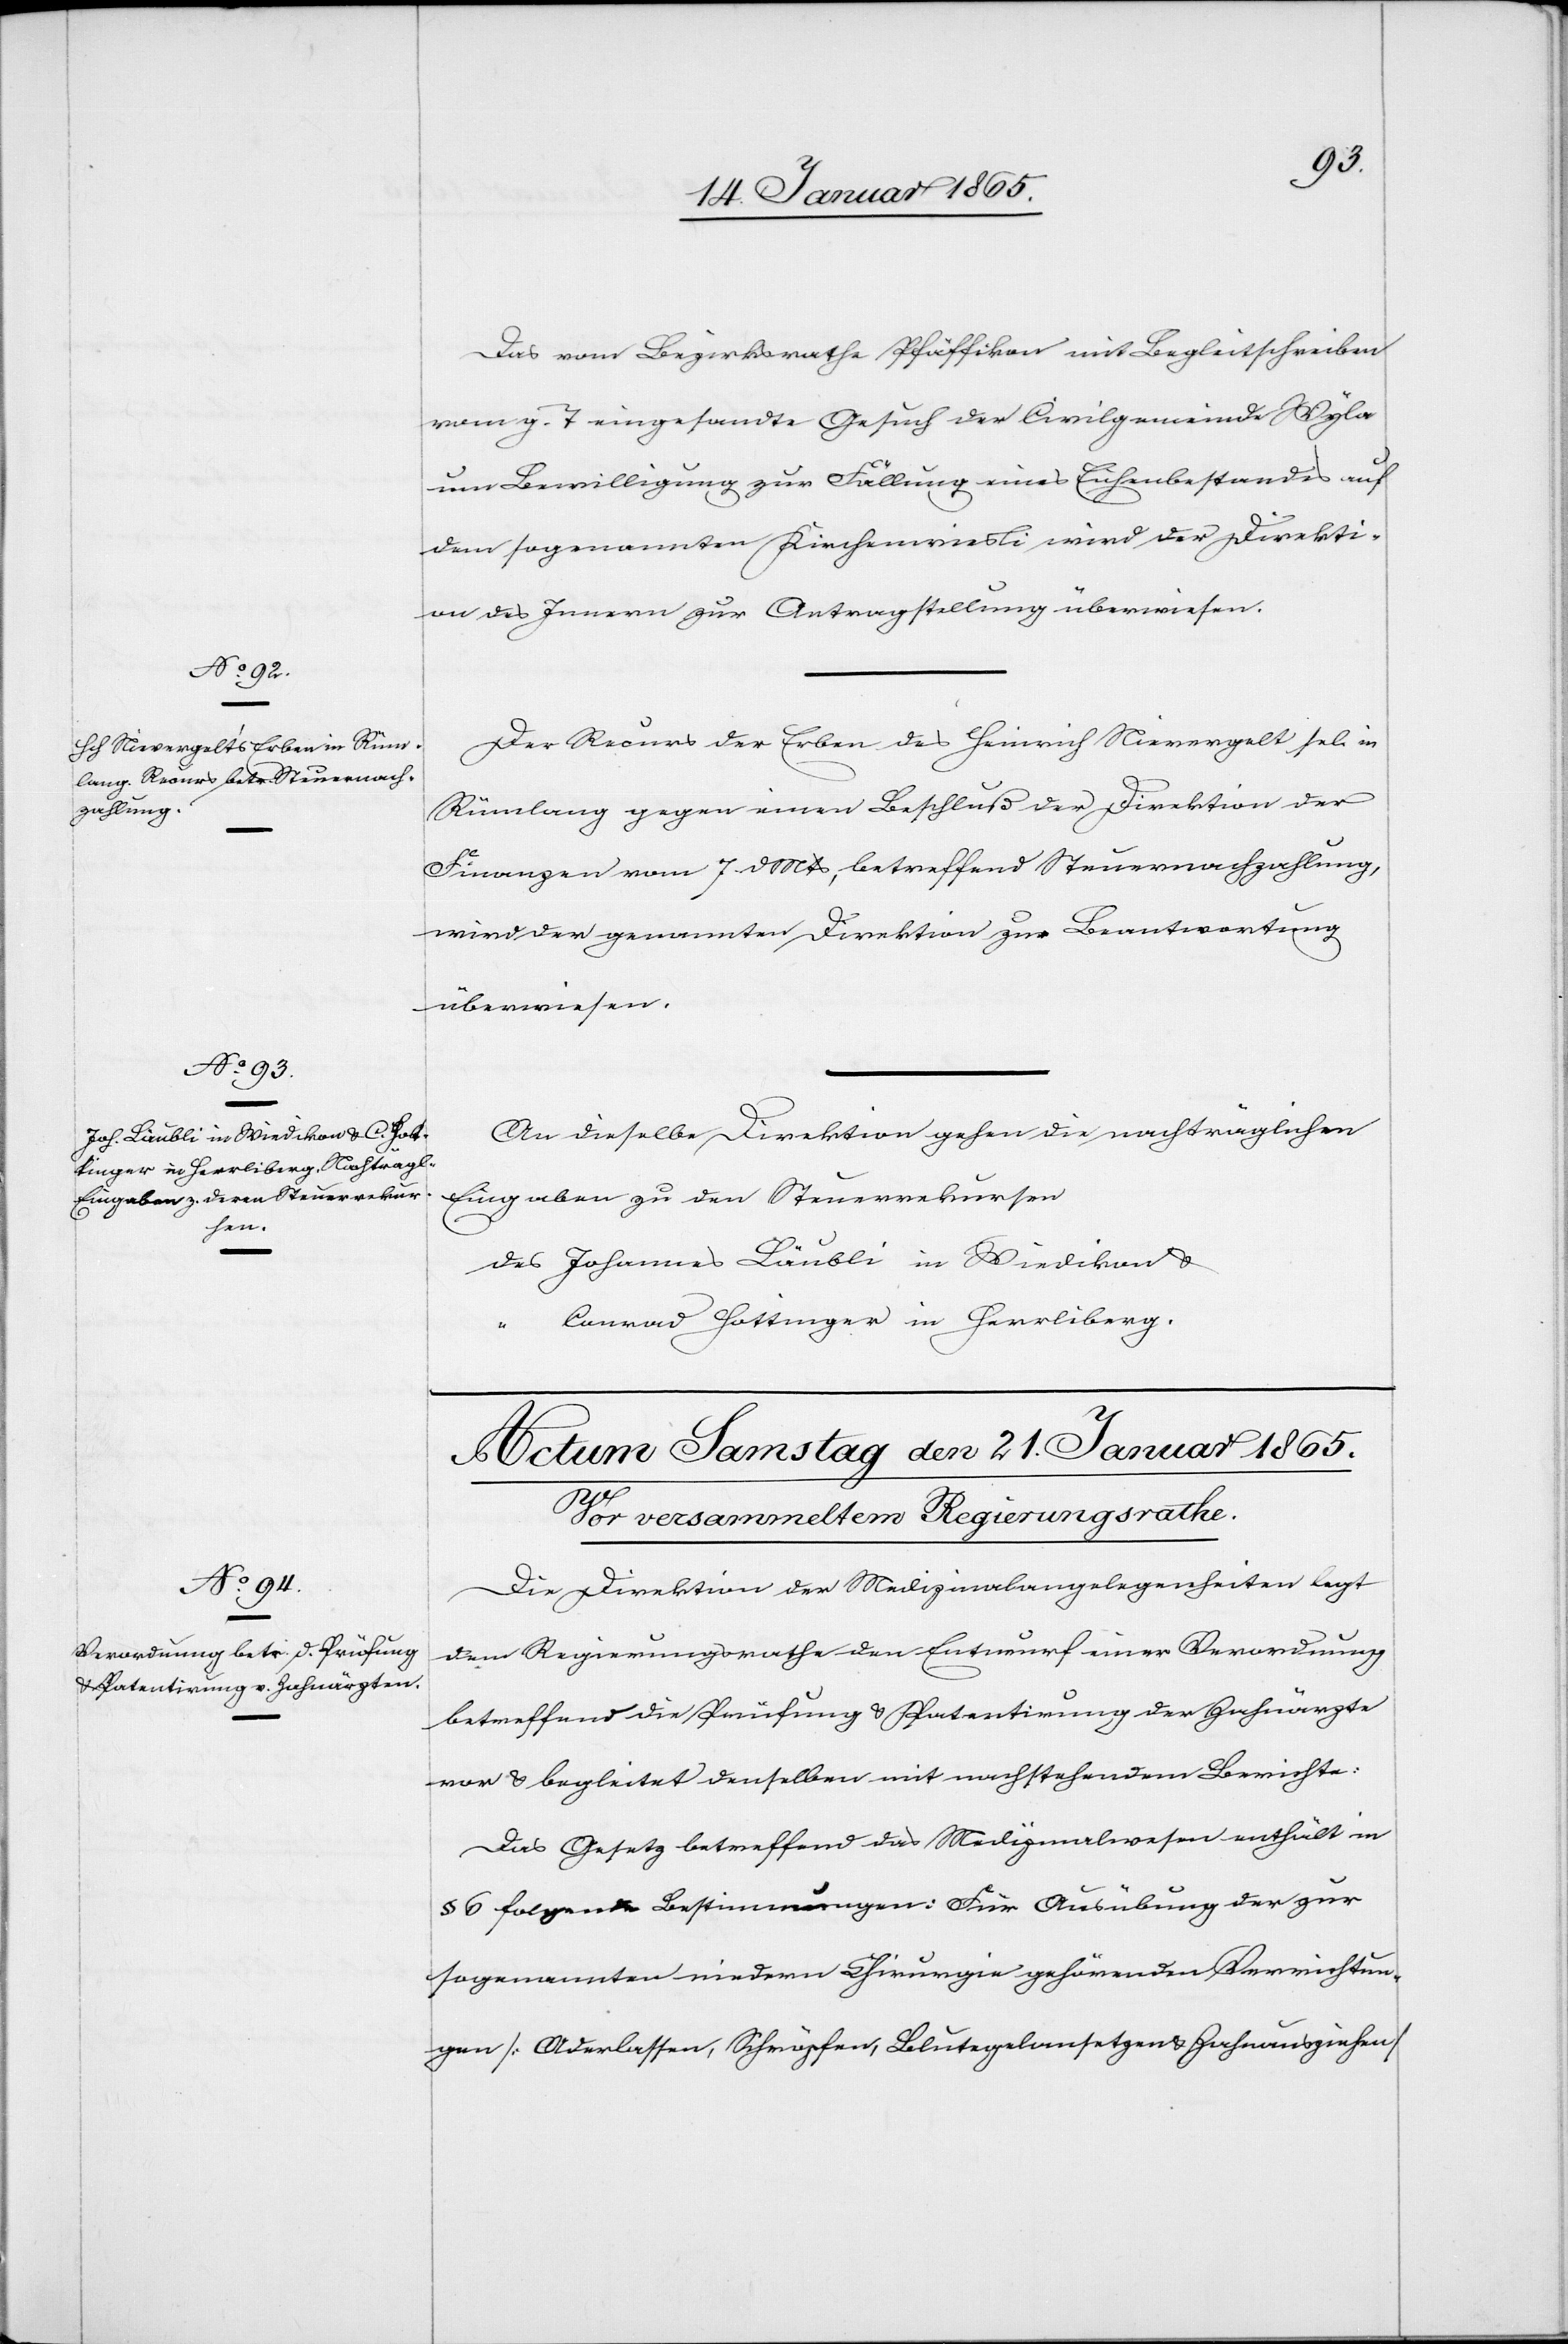
20. Januar 1865.]
Das vom Bezirksrathe Pfäffikon mit Begleitschreiben
vom g. T eingesandte Gesuch der Civilgemeinde Wyla
um Bewilligung zur Fällung eines Eichenbestandes auf
dem sogenannten Kirchenwiesli wird der Direkti¬
on des Innern zur Antragstellung überwiesen.
Der Recurs der Erben des Heinrich Nievergelt sel. in
Rümlang gegen einen Beschluß der Direktion der
Finanzen vom 7. d Mts, betreffend Steuernachzahlung,
wird der genannten Direktion zur Beantwortung
überwiesen.
An dieselbe Direktion gehen die nachträglichen
Eingaben zu den Steuerrekursen
des Johannes Läubli in Wiedikon u.
Conrad Hottinger in Herrliberg.
Die Direktion der Medizinalangelegenheiten legt
dem Regierungsrathe den Entwurf einer Verordnung
betreffend die Prüfung u. Patentirung der Zahnärzte
vor u. begleitet denselben mit nachstehendem Berichte:
Das Gesetz betreffend das Medizinalwesen enthält in
§ 6 folgende Bestimmungen: Für Ausübung der zur
sogenannten niedern Chirurgie gehörenden Verrichtun¬
gen [Aderlassen, Schröpfen, Blutegelansetzen u. Zahnausziehen]